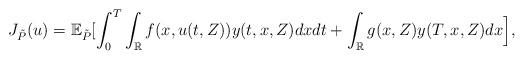
LaTeX: \begin{align*}J_{\tilde{P}}(u) = \mathbb{E}_{\tilde{P}}[\int_0^T \int_{\mathbb{R}}f(x,u(t,Z))y(t,x,Z)dx dt + \int_{\mathbb{R}}g(x,Z)y(T,x,Z)dx \Big],\end{align*}